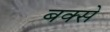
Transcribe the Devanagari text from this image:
बक्‍से